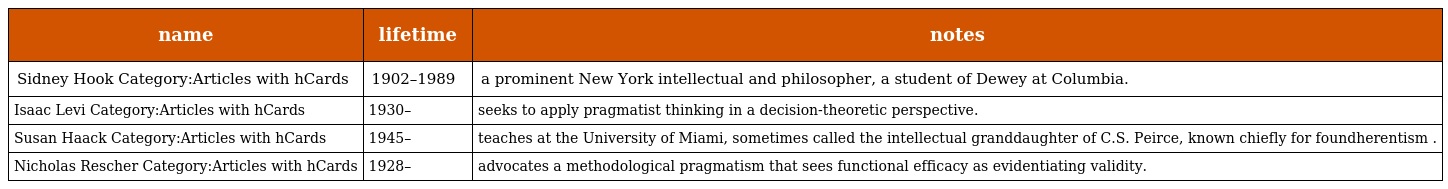
| name | lifetime | notes |
 | --- | --- | --- |
 | Sidney Hook Category:Articles with hCards | 1902–1989 | a prominent New York intellectual and philosopher, a student of Dewey at Columbia. |
 | Isaac Levi Category:Articles with hCards | 1930– | seeks to apply pragmatist thinking in a decision-theoretic perspective. |
 | Susan Haack Category:Articles with hCards | 1945– | teaches at the University of Miami, sometimes called the intellectual granddaughter of C.S. Peirce, known chiefly for foundherentism . |
 | Nicholas Rescher Category:Articles with hCards | 1928– | advocates a methodological pragmatism that sees functional efficacy as evidentiating validity. |